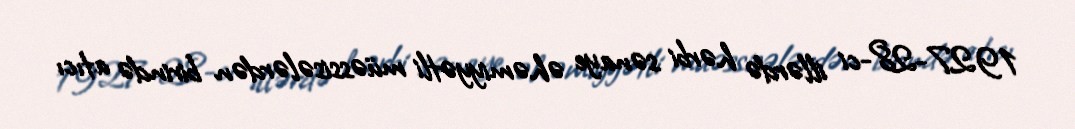
1927-28-ci illərdə hərbi sənaye əhəmiyyətli müəssisələrdən birində atıcı